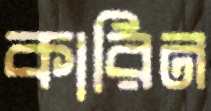
কারিন